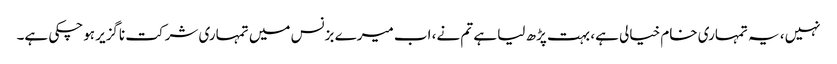
نہیں، یہ تمہاری خام خیالی ہے، بہت پڑھ لیا ہے تم نے، اب میرے بزنس میں تمہاری شرکت ناگزیر ہوچکی ہے۔